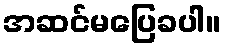
အဆင်မပြေခပါ။